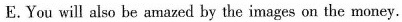
E.You will also be amazed by the images on the money.